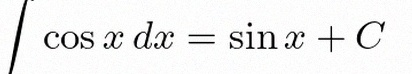
\int \cos x\,dx=\sin x+C